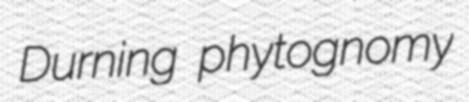
Durning phytognomy